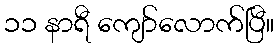
၁၁ နာရီ ကျော်လောက်ပြီ။